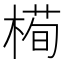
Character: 槆